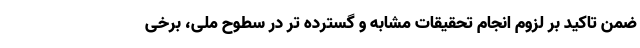
ضمن تاکید بر لزوم انجام تحقیقات مشابه و گسترده تر در سطوح ملی، برخی